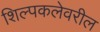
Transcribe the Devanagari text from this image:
शिल्पकलेवरील